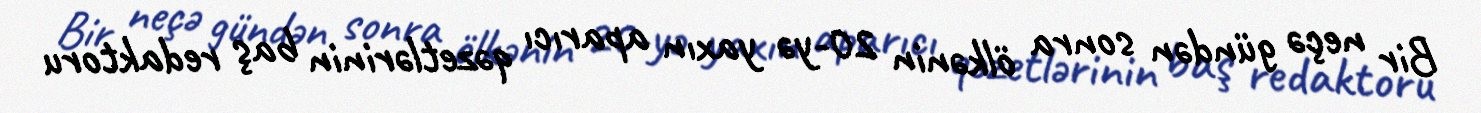
Bir neçə gündən sonra ölkənin 20-yə yaxın aparıcı qəzetlərinin baş redaktoru